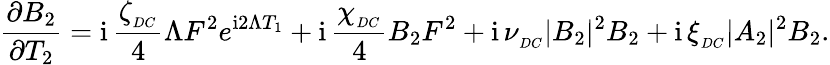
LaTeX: \frac{\partial B_{2}}{\partial T_{2}}=\mathrm{i}\, \frac{\zeta_{_{DC}}}{4}\Lambda F^{2}e^{\mathrm{i}2\Lambda T_{1}}+\mathrm{i}\, \frac{\chi_{_{DC}}}{4}B_{2}F^{2}+\mathrm{i}\, \nu_{_{DC}}|B_{2}|^{2}B_{2}+\mathrm{i}\, \xi_{_{DC}}|A_{2}|^{2}B_{2}.